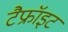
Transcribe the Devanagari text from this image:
टैफ्रॉइट